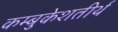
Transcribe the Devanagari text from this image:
कम्बुकेशतीर्थ